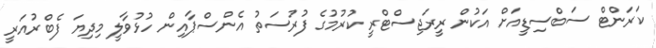
ކަރަންޓް ސަބްސިޑީއަށް އަކުން ރީރަޖިސްޓްރީ ކުރުމުގެ ފުރުސަތު އެންސްޕާއިން ހުޅުވާލީ މިދިޔަ ފެބްރުއަރީ